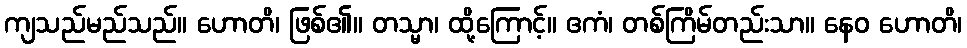
ကျသည်မည်သည်။ ဟောတိ၊ ဖြစ်၏။ တသ္မာ၊ ထို့ကြောင့်။ ဧကံ၊ တစ်ကြိမ်တည်းသာ။ နေဝ ဟောတိ၊